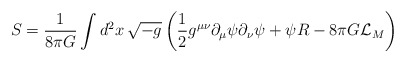
\begin{align*}S=\frac{1}{8\pi G}\int d^2x\,\sqrt{-g}\left(\frac{1}{2}g^{\mu\nu}\partial_\mu\psi\partial_\nu\psi + \psi R- 8 \pi G {\cal L}_M \right)\end{align*}